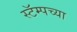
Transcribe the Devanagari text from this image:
स्टॅम्पच्या